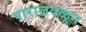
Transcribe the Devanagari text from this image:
पाराजवळून